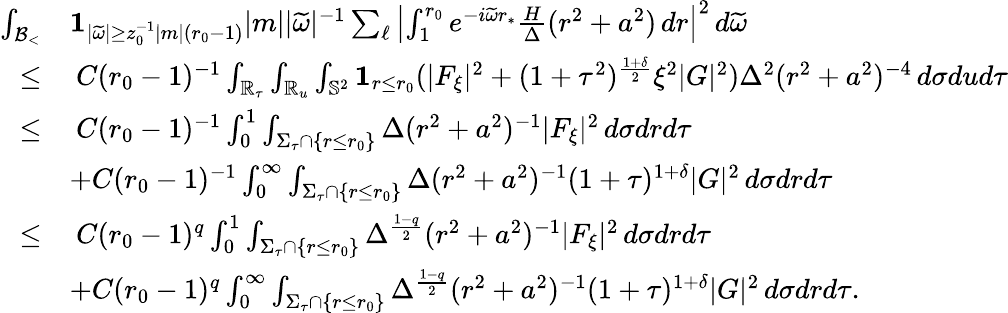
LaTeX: \begin{array}{rl}{\int_{{\mathcal{B}_{<}}}}&{\mathbf{1}_{|\widetilde{\omega}|\geq z_{0}^{-1}|m|(r_{0}-1)}|m||\widetilde{\omega}|^{-1}\sum_{\ell}\left|\int_{1}^{r_{0}}e^{-i\widetilde{\omega}r_{*}}\frac{H}{\Delta}(r^{2}+a^{2})\, dr\right|^{2}\, d\widetilde{\omega}}\\ {\leq}&{\: C(r_{0}-1)^{-1}\int_{\mathbb{R}_{\tau}}\int_{\mathbb{R}_{u}}\int_{\mathbb{S}^{2}}\mathbf{1}_{r\leq r_{0}}(|F_{\xi}|^{2}+(1+\tau^{2})^{\frac{1+\delta}{2}}\xi^{2}|G|^{2})\Delta^{2}(r^{2}+a^{2})^{-4}\, d\sigma dud\tau}\\ {\leq}&{\: C(r_{0}-1)^{-1}\int_{0}^{1}\int_{\Sigma_{\tau}\cap\{ r\leq r_{0}\} }\Delta(r^{2}+a^{2})^{-1}|F_{\xi}|^{2}\, d\sigma drd\tau}\\ &{+C(r_{0}-1)^{-1}\int_{0}^{\infty}\int_{\Sigma_{\tau}\cap\{ r\leq r_{0}\} }\Delta(r^{2}+a^{2})^{-1}(1+\tau)^{1+\delta}|G|^{2}\, d\sigma drd\tau}\\ {\leq}&{\: C(r_{0}-1)^{q}\int_{0}^{1}\int_{\Sigma_{\tau}\cap\{ r\leq r_{0}\} }\Delta^{\frac{1-q}{2}}(r^{2}+a^{2})^{-1}|F_{\xi}|^{2}\, d\sigma drd\tau}\\ &{+C(r_{0}-1)^{q}\int_{0}^{\infty}\int_{\Sigma_{\tau}\cap\{ r\leq r_{0}\} }\Delta^{\frac{1-q}{2}}(r^{2}+a^{2})^{-1}(1+\tau)^{1+\delta}|G|^{2}\, d\sigma drd\tau.}\end{array}